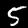
Label: 5